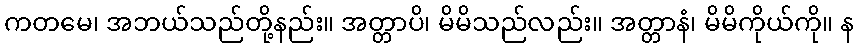
ကတမေ၊ အဘယ်သည်တို့နည်း။ အတ္တာပိ၊ မိမိသည်လည်း။ အတ္တာနံ၊ မိမိကိုယ်ကို။ န